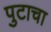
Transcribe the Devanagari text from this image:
पुटाचा